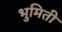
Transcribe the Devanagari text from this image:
भुमिती